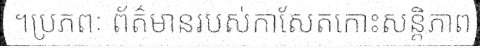
។ប្រភពៈ ព័ត៌មានរបស់កាសែតកោះសន្តិភាព